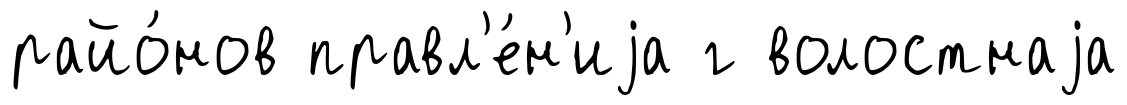
райо́нов правл'е́н'иjа г волостнаjа